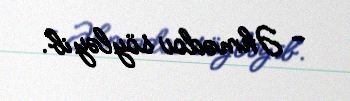
- Əhmədov söyləyib.